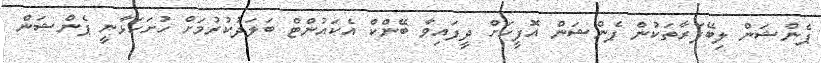
ޕެންޝަން ލިބޭފަރާތަކުން ޕެންޝަން އޮފީހަށް ދީފައިވާ ބޭންކް އެކައުންޓް ބަލަދުކުރުމަށް ހުށަހަޅާނީ ޕެންޝަން